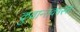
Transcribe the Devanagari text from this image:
कुवान्तकास्त